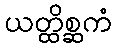
ယတ္ထိစ္ဆကံ